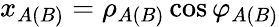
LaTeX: x_{A(B)}=\rho_{A(B)}\cos\varphi_{A(B)}